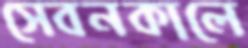
সেবনকালে